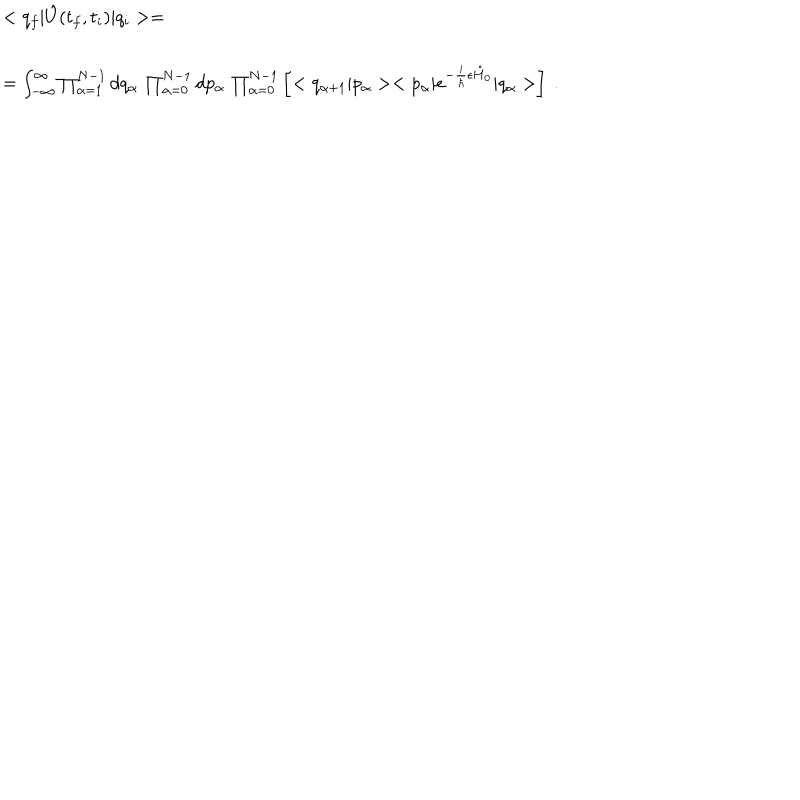
LaTeX: \begin{array} { r l } { { } } & { { < q _ { f } | \hat { U } ( t _ { f } , t _ { i } ) | q _ { i } > = } } \\ { { } } & { { } } \\ { { } } & { { = \int _ { - \infty } ^ { \infty } \prod _ { \alpha = 1 } ^ { N - 1 } d q _ { \alpha } \, \prod _ { \alpha = 0 } ^ { N - 1 } d p _ { \alpha } \, \prod _ { \alpha = 0 } ^ { N - 1 } \left[ < q _ { \alpha + 1 } | p _ { \alpha } > < p _ { \alpha } | e ^ { - \frac { i } { \hbar } \epsilon \hat { H } _ { 0 } } | q _ { \alpha } > \right] \ . } } \\ \end{array}